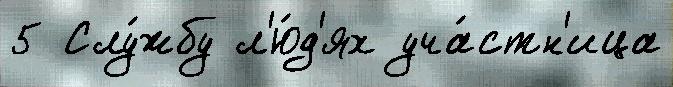
5 Слу́жбу л'ю́д'ях уча́стн'ица